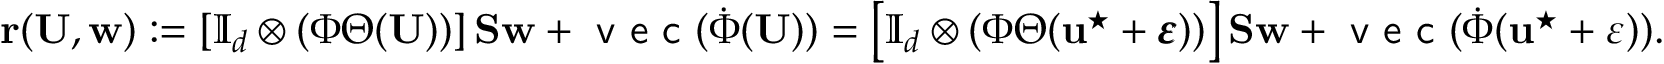
\mathbf { r } ( \mathbf { U } , \mathbf { w } ) : = \left[ \mathbb { I } _ { d } \otimes ( \Phi \Theta ( \mathbf { U } ) ) \right] \mathbf { S } \mathbf { w } + \textsf { v e c } ( \dot { \Phi } ( \mathbf { U } ) ) = \left[ \mathbb { I } _ { d } \otimes ( \Phi \Theta ( \mathbf { u } ^ { \star } + \pmb { \varepsilon } ) ) \right] \mathbf { S } \mathbf { w } + \textsf { v e c } ( \dot { \Phi } ( \mathbf { u } ^ { \star } + \boldsymbol { \varepsilon } ) ) .